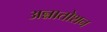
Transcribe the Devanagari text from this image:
अन्नातोशन